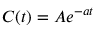
C ( t ) = A e ^ { - a t }